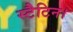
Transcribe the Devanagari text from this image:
स्टैटिन।